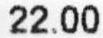
22.00